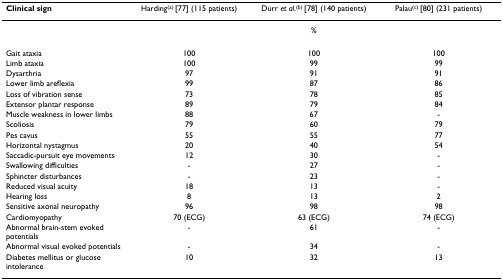
<table><thead><tr><td><b>Clinical sign</b></td><td><b>Harding<sup>(a) </sup>[77] (115 patients)</b></td><td><b>Dürr <i>et al</i>.<sup>(b) </sup>[78] (140 patients)</b></td><td><b>Palau<sup>(c) </sup>[80] (231 patients)</b></td></tr></thead><tbody><tr><td></td><td colspan="3">%</td></tr><tr><td>Gait ataxia</td><td>100</td><td>100</td><td>100</td></tr><tr><td>Limb ataxia</td><td>100</td><td>99</td><td>99</td></tr><tr><td>Dysarthria</td><td>97</td><td>91</td><td>91</td></tr><tr><td>Lower limb areflexia</td><td>99</td><td>87</td><td>86</td></tr><tr><td>Loss of vibration sense</td><td>73</td><td>78</td><td>85</td></tr><tr><td>Extensor plantar response</td><td>89</td><td>79</td><td>84</td></tr><tr><td>Muscle weakness in lower limbs</td><td>88</td><td>67</td><td>-</td></tr><tr><td>Scoliosis</td><td>79</td><td>60</td><td>79</td></tr><tr><td>Pes cavus</td><td>55</td><td>55</td><td>77</td></tr><tr><td>Horizontal nystagmus</td><td>20</td><td>40</td><td>54</td></tr><tr><td>Saccadic-pursuit eye movements</td><td>12</td><td>30</td><td>-</td></tr><tr><td>Swallowing difficulties</td><td>-</td><td>27</td><td>-</td></tr><tr><td>Sphincter disturbances</td><td>-</td><td>23</td><td>-</td></tr><tr><td>Reduced visual acuity</td><td>18</td><td>13</td><td>-</td></tr><tr><td>Hearing loss</td><td>8</td><td>13</td><td>2</td></tr><tr><td>Sensitive axonal neuropathy</td><td>96</td><td>98</td><td>98</td></tr><tr><td>Cardiomyopathy</td><td>70 (ECG)</td><td>63 (ECG)</td><td>74 (ECG)</td></tr><tr><td>Abnormal brain-stem evoked potentials</td><td>-</td><td>61</td><td>-</td></tr><tr><td>Abnormal visual evoked potentials</td><td>-</td><td>34</td><td>-</td></tr><tr><td>Diabetes mellitus or glucose intolerance</td><td>10</td><td>32</td><td>13</td></tr></tbody></table>